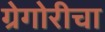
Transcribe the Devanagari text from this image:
ग्रेगोरीचा